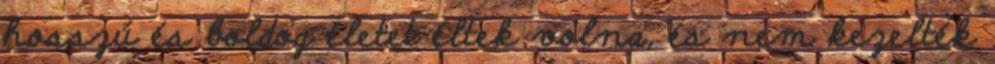
hosszú és boldog életet éltek volna, és nem kezelték